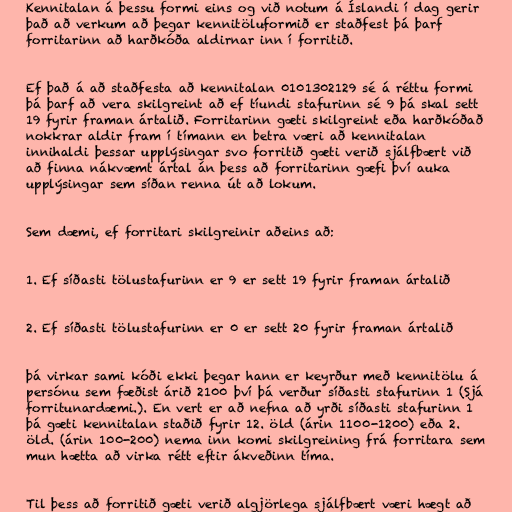
Kennitalan á þessu formi eins og við notum á Íslandi í dag gerir
það að verkum að þegar kennitöluformið er staðfest þá þarf
forritarinn að harðkóða aldirnar inn í forritið.

Ef það á að staðfesta að kennitalan 0101302129 sé á réttu formi
þá þarf að vera skilgreint að ef tíundi stafurinn sé 9 þá skal sett
19 fyrir framan ártalið. Forritarinn gæti skilgreint eða harðkóðað
nokkrar aldir fram í tímann en betra væri að kennitalan
innihaldi þessar upplýsingar svo forritið gæti verið sjálfbært við
að finna nákvæmt ártal án þess að forritarinn gæfi því auka
upplýsingar sem síðan renna út að lokum.

Sem dæmi, ef forritari skilgreinir aðeins að:

1. Ef síðasti tölustafurinn er 9 er sett 19 fyrir framan ártalið

2. Ef síðasti tölustafurinn er 0 er sett 20 fyrir framan ártalið

þá virkar sami kóði ekki þegar hann er keyrður með kennitölu á
persónu sem fæðist árið 2100 því þá verður síðasti stafurinn 1 (Sjá
forritunardæmi.). En vert er að nefna að yrði síðasti stafurinn 1
þá gæti kennitalan staðið fyrir 12. öld (árin 1100-1200) eða 2.
öld. (árin 100-200) nema inn komi skilgreining frá forritara sem
mun hætta að virka rétt eftir ákveðinn tíma.

Til þess að forritið gæti verið algjörlega sjálfbært væri hægt að